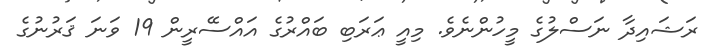
ރަޝައިދާ ނަސްލުގެ މީހުންނެވެ. މިއީ ޢަރަބި ބައްރުގެ އައްސޭރީން 19 ވަނަ ޤަރުނުގެ